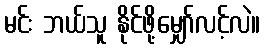
မင်း ဘယ်သူ နိုင်ဖို့မျှော်လင့်လဲ။